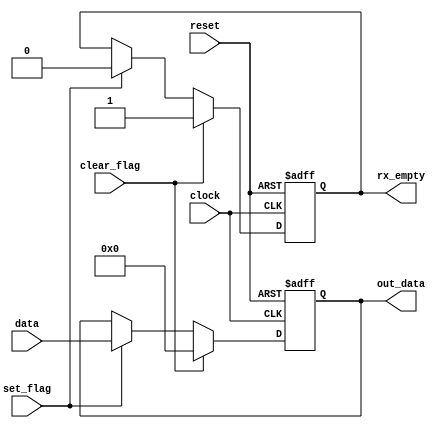

/* ---------- interface circuit ----------- */
/* ----------  one word buffer  ----------- */
/* the receiver's interface circuit has two functions. First, it provides a mechanism to signal the
availability of a new word and to prevent the received word from being retrieved multiple
times. Second, it can provide buffer space between the receiver and the main system. */


module buffer_rx (set_flag,clear_flag,reset,clock,data,out_data,rx_empty);
  
input set_flag, // sets the flag to 1 which means there is new word.
      clear_flag, // clears the flag to 0 after the main system receive the word.
      clock, // main system clock which is 50 MHz.
      reset;
input [7:0] data; // the received data from the remote system which stored in the buffer.
  
output [7:0] out_data; // the buffer which store the data until the main system receive it.
output rx_empty; // indicates that no new word is available.
       
reg [7:0] out_data;
reg rx_empty;

always@(posedge clock or negedge reset)
begin
  if (!reset)
    begin
      out_data <= 0;
      rx_empty <= 1;
    end
    
  else
    begin
      if (clear_flag)
        begin
          out_data <= 0;
          rx_empty <= 1;
        end
      else if (set_flag)
        begin
          out_data <= data;
          rx_empty <= 0;
        end
    end
      
end
endmodule